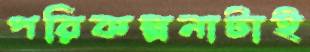
পরিকল্পনাটাই